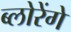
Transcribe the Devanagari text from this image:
ब्लोरेंगे